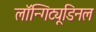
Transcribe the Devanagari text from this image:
लॉन्गिट्यूडिनल